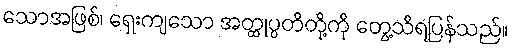
သောအဖြစ်၊ ရှေးကျသော အတ္ထုပ္ပတိတို့ကို တွေ့သိရပြန်သည်။